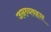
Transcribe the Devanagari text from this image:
जनव्यवहार